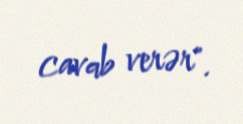
cavab verər".